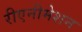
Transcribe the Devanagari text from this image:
रीएनीमेशन